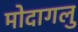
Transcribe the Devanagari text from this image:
मोदागलु